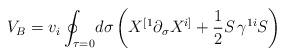
\begin{align*}V_B=v_i\oint_{\tau=0}\!d\sigma\left(X^{[1}\partial_{\sigma}X^{i]}+\frac{1}{2}S\,\gamma^{1i}S\right) \end{align*}